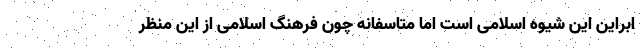
ابراین این شیوه اسلامی است اما متاسفانه چون فرهنگ اسلامی از این منظر